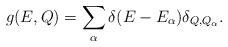
LaTeX: \begin{align*}g(E,Q)=\sum_{\alpha}\delta(E-E_{\alpha})\delta_{Q,Q_{\alpha}}.\end{align*}